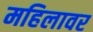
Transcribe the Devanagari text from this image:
महिलावर